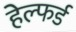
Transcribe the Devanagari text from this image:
हेल्फर्ड